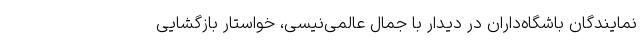
نمایندگان باشگاه‌داران در دیدار با جمال عالمی‌نیسی، خواستار بازگشایی